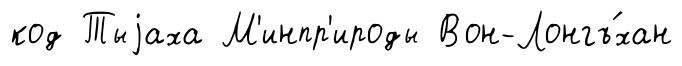
код Тыjаха М'инпр'ироды Вон-Лонгъ́хан